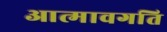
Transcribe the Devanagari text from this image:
आत्मावगति